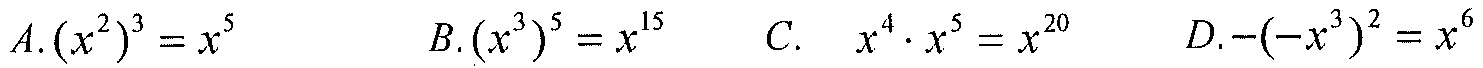
$A.(x^{2})^{3}=x^{5}$  $B.(x^{3})^{5}=x^{15}$  $C.\ \ x^{4}\cdot x^{5}=x^{20}$  $D.-(-x^{3})^{2}=x^{6}$